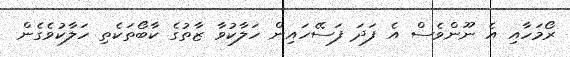
ރޯމަހާއި އެ ނޫންވެސް އެ ފަދަ ފަސޭހައިން ހަލާކުވާ ޒާތުގެ ކާބޯތަކެތި ހަލާކުވެގެން